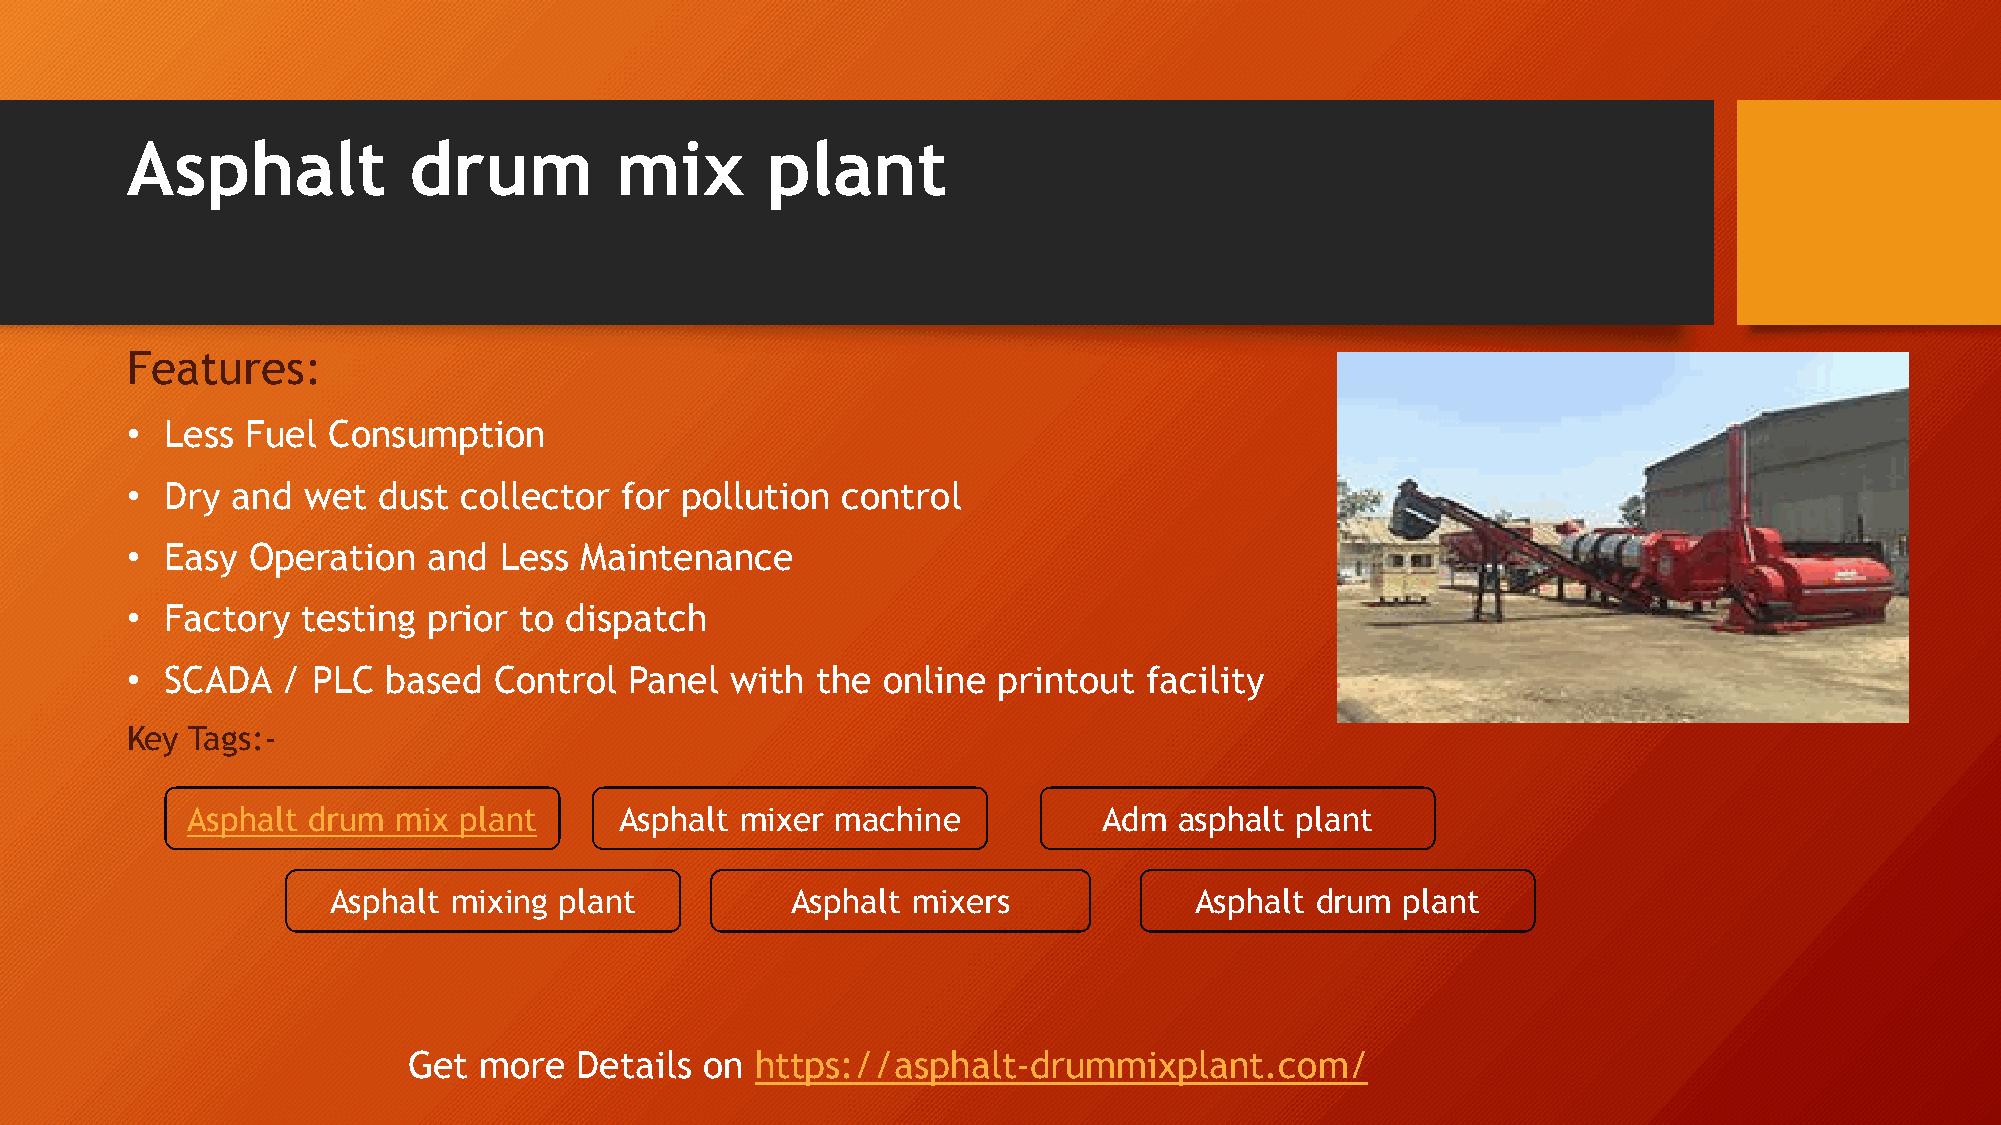
Asphalt            drum          mix       plant
 Features:
 •  Less Fuel  Consumption
 •  Dry and  wet  dust  collector for pollution  control
 •  Easy Operation   and  Less Maintenance
 •  Factory  testing prior to dispatch
 •  SCADA   / PLC  based  Control  Panel with  the online  printout  facility
 Key  Tags:-
 Asphalt drum  mix plant      Asphalt mixer machine           Adm  asphalt plant
 Asphalt mixing plant          Asphalt mixers             Asphalt drum  plant
 Get  more  Details  on https://asphalt-drummixplant.com/